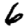
Digit: 6